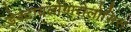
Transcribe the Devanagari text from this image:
डेक्टायलोगारोलोसिस